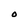
Character: O